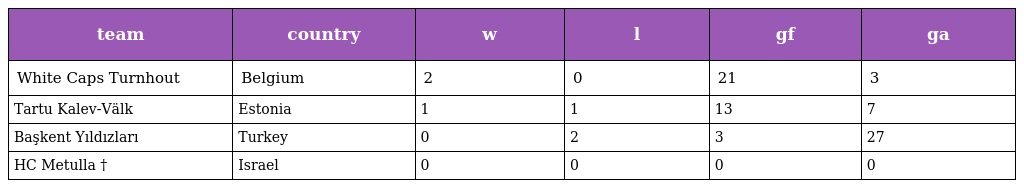
| team | country | w | l | gf | ga |
 | --- | --- | --- | --- | --- | --- |
 | White Caps Turnhout | Belgium | 2 | 0 | 21 | 3 |
 | Tartu Kalev-Välk | Estonia | 1 | 1 | 13 | 7 |
 | Başkent Yıldızları | Turkey | 0 | 2 | 3 | 27 |
 | HC Metulla † | Israel | 0 | 0 | 0 | 0 |